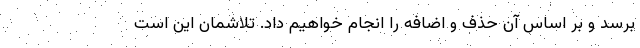
برسد و بر اساس آن حذف و اضافه را انجام خواهیم داد. تلاشمان این است